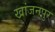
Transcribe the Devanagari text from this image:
खांजनपुर